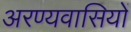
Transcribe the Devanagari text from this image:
अरण्यवासियों